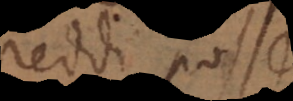
reddi posse